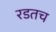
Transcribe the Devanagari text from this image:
रडतच